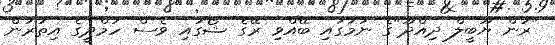
"ރަން ޔޫބީލް ދިއްދޫ"ގެ ނަމުގައި ބޭއްވި ރޭގެ ޝޯގައި ވެސް ހަމްދީގެ އިތުރުން